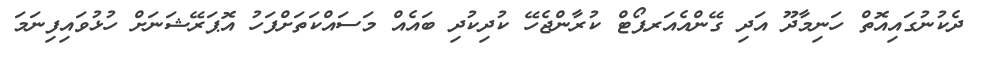
ދެކުނުގައިއޮތް ހަނިމާދޫ އަދި ގޭންއެއަރޕޯޓް ކުރާންޖެހޭ ކުދިކުދި ބައެއް މަސައްކަތަށްފަހު އޮޕަރޭޝަނަށް ހުޅުވައިފިނަމަ